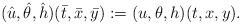
LaTeX: \begin{align*}(\hat{u}, \hat{\theta}, \hat{h})(\bar{t}, \bar{x}, \bar{y}):=(u, \theta, h)(t, x, y).\end{align*}